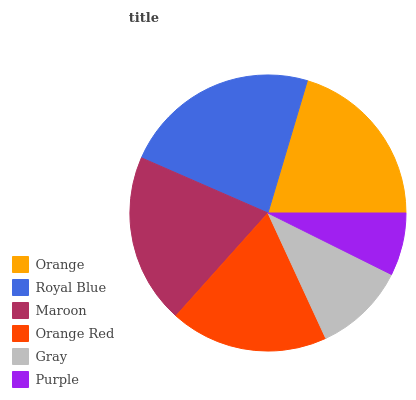
| Orange | Royal Blue | Maroon | Orange Red | Gray | Purple |
 | --- | --- | --- | --- | --- | --- |
 | 20.4% | 23.1% | 19.9% | 18.5% | 10.8% | 7.36% |